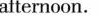
afternoon.